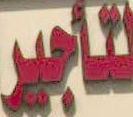
لتاجير